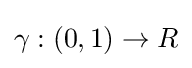
\gamma :(0,1)\to R